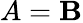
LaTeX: A=\mathbf{B}